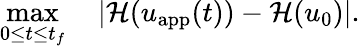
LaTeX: \operatorname*{max}_{0\le t\le t_{f}}\quad|\mathcal{H}(u_{\mathrm{app}}(t))-\mathcal{H}(u_{0})|.